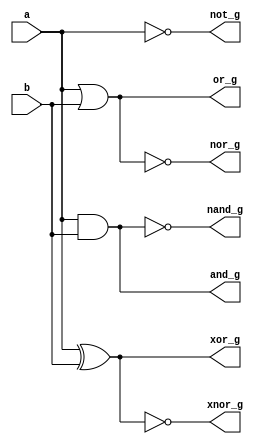
`timescale 1ns / 1ps
//////////////////////////////////////////////////////////////////////////////////
// Company: 
// Engineer: 
// 
// Design Name: 100Days_RTL_Challenge
// Module Name: logic_gates_bm
// Project Name: Logic_Gates_BM
// Target Devices: 
// Tool Versions: 
// Description: 
// 
// Dependencies: 
// 
// Revision:
// Revision 0.01 - File Created
// Additional Comments:
// 
module logic_gates_bm(input a,
input b,
output and_g,
output or_g,
output not_g,
output nand_g,
output nor_g,
output xor_g,
output xnor_g);

assign and_g=a&b;
assign or_g=a|b;
assign not_g=~a;
assign nand_g=~(a&b);
assign nor_g=~(a|b);
assign xor_g=a^b;
assign xnor_g=~(a^b);
endmodule